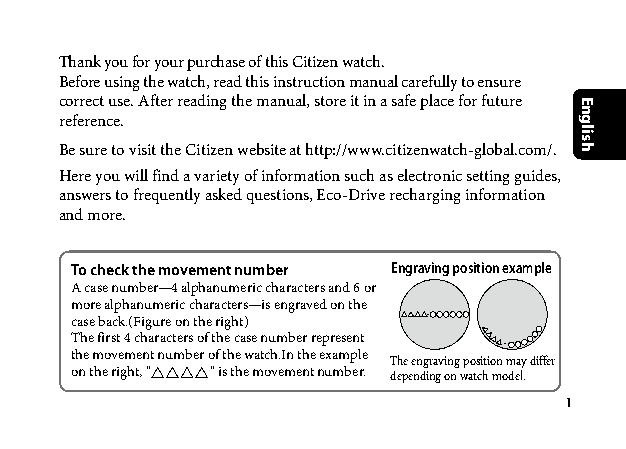
Thank you for your purchase of this Citizen watch.
 Before using the watch, read this instruction manual carefully to ensure
 correct use. After reading the manual, store it in a safe place for future
 reference.
 Be sure to visit the Citizen website at http://www.citizenwatch-global.com/.
 Here you will find a variety of information such as electronic setting guides,
 answers to frequently asked questions, Eco-Drive recharging information
 and more.
 To check the movement number Engraving position example
 A case number—4 alphanumeric characters and 6 or
 more alphanumeric characters—is engraved on the
 case back.(Figure on the right)
 The first 4 characters of the case number represent
 the movement number of the watch.In the example
 The engraving position may differ
 on the right, " " is the movement number. depending on watch model.
 1
 English